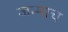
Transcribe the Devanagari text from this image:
जन्माच